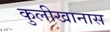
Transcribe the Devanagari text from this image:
कुलीखानास